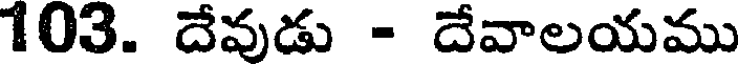
103. దేవుడు - దేవాలయము